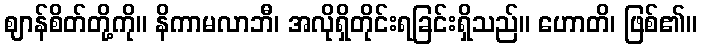
ဈာန်စိတ်တို့ကို။ နိကာမလာဘီ၊ အလိုရှိတိုင်းရခြင်းရှိသည်။ ဟောတိ၊ ဖြစ်၏။